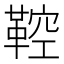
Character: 鞚